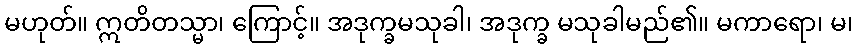
မဟုတ်။ ဣတိတသ္မာ၊ ကြောင့်။ အဒုက္ခမသုခါ၊ အဒုက္ခ မသုခါမည်၏။ မကာရော၊ မ၊